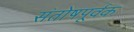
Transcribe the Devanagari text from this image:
संतोषपूर्वक